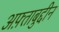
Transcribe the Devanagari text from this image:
अफ़्ताबुद्दीन